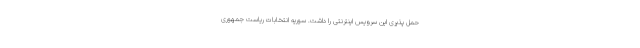
حمل پذیری این سرویس اینترنتی را داشت. سوریه انتخابات ریاست جمهوری